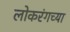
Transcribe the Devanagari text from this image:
लोकरंगच्या